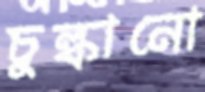
চুল্‌কানো